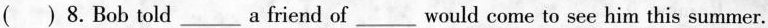
( ) 8.Bob told___a friend of___would come to see him this summer.